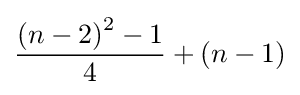
{\frac {\left(n-2\right)^{2}-1}{4}}+\left(n-1\right)